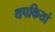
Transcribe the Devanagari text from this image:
थपकियां